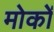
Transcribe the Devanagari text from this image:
मोकों